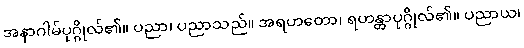
အနာဂါမ်ပုဂ္ဂိုလ်၏။ ပညာ၊ ပညာသည်။ အရဟတော၊ ရဟန္တာပုဂ္ဂိုလ်၏။ ပညာယ၊